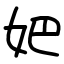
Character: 妑